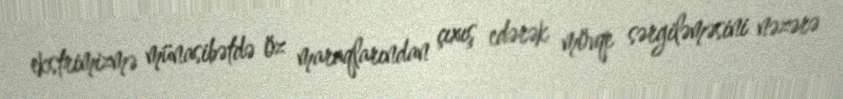
ekstrimizmə münasibətdə öz maraqlarından çıxış edərək mövqe sərgiləməsini nəzərə